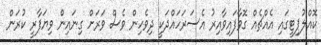
ކޮއްލުޕިޓީގައި އެއްޗެއް ގޮވާފައިވާއިރު އެސަރަހައްދަކީ ދިވެހިން ވެސް ވަރަށް ގިނައިން ވިޔަފާރީ ކުރަން